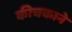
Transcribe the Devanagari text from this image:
कीचकाने